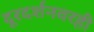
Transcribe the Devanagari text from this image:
दूरदर्शनवरही